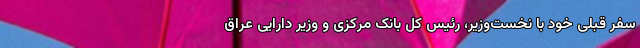
سفر قبلی خود با نخست‌وزیر، رئیس کل بانک مرکزی و وزیر دارایی عراق